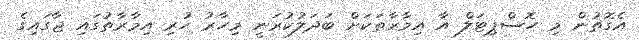
އެގޮތުން މި ހޮސްޕިޓަލް އާ އިމާރާތަކަށް ބަދަލުކުރަނީ މިހާރު ހުރި އިމާރާތުގައި ޖާގައިގެ